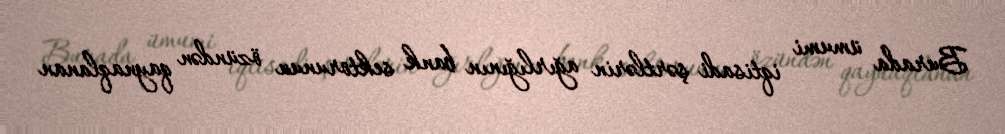
Burada ümumi iqtisadi şərtlərin ağırlığının bank sektorunun özündən qaynaqlanan